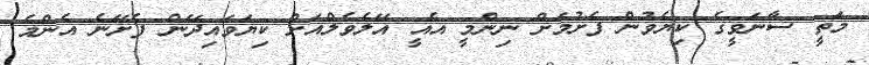
މަތީ ސާނަވީގެ ކިޔެވުން ފެށުމަށް ނިންމީ އެއީ އޭލެވެލްއަށް ކިޔަވައިދޭން ފެށޭނެ އެންމެ